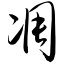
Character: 凋